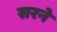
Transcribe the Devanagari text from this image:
सरने